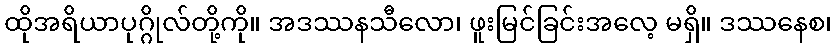
ထိုအရိယာပုဂ္ဂိုလ်တို့ကို။ အဒဿနသီလော၊ ဖူးမြင်ခြင်းအလေ့ မရှိ။ ဒဿနေစ၊